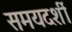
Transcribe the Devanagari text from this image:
समयदर्शी